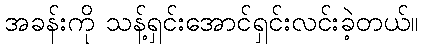
အခန်းကို သန့်ရှင်းအောင်ရှင်းလင်းခဲ့တယ်။